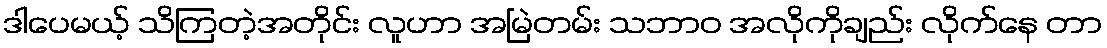
ဒါပေမယ့် သိကြတဲ့အတိုင်း လူဟာ အမြဲတမ်း သဘာဝ အလိုကိုချည်း လိုက်နေ တာ